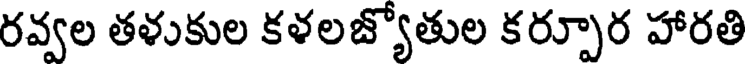
రవ్వల తళుకుల కళలజ్యోతుల కర్పూర హారతి